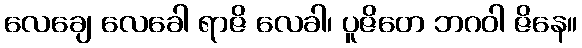
လေချေ လေခေါ ရာဇိ လေခါ၊ ပူဇိတေ ဘဂဝါ ဇိနေ။